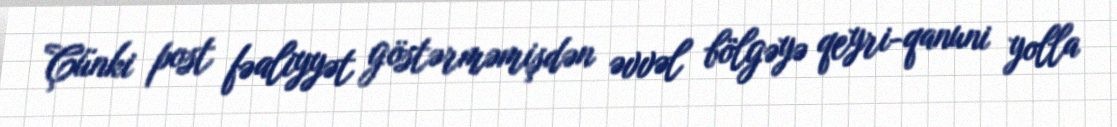
Çünki post fəaliyyət göstərməmişdən əvvəl bölgəyə qeyri-qanuni yolla